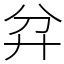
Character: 弅